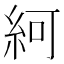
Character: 䋍